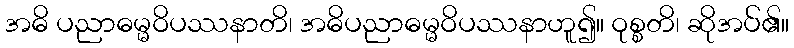
အဓိ ပညာဓမ္မဝိပဿနာတိ၊ အဓိပညာဓမ္မဝိပဿနာဟူ၍။ ဝုစ္စတိ၊ ဆိုအပ်၏။